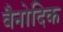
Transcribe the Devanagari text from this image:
वैनोदिक